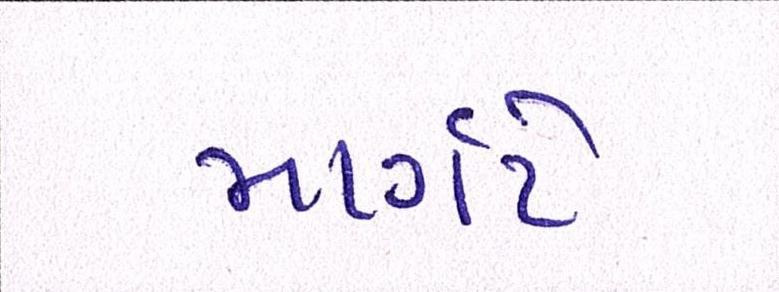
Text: માર્ગેટે